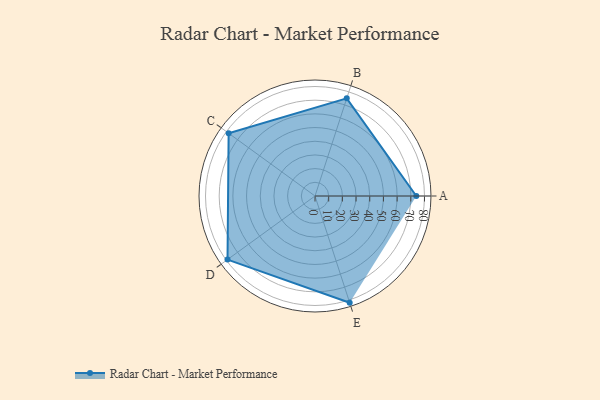
{"axis": {"x": "Skill", "y": "Score"}, "legend": ["Profile"], "data": [{"x": "A", "y": 74.0, "type": "Profile"}, {"x": "B", "y": 75.0, "type": "Profile"}, {"x": "C", "y": 78.0, "type": "Profile"}, {"x": "D", "y": 79.0, "type": "Profile"}, {"x": "E", "y": 82.0, "type": "Profile"}]}